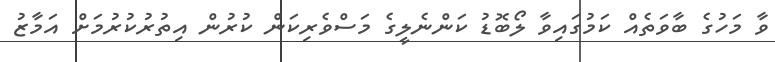
ވާ މަހުގެ ބާވަތެއް ކަމުގައިވާ ލޯބޮޑު ކަންނެލީގެ މަސްވެރިކަން ކުރުން އިތުރުކުރުމަށް އަމާޒު